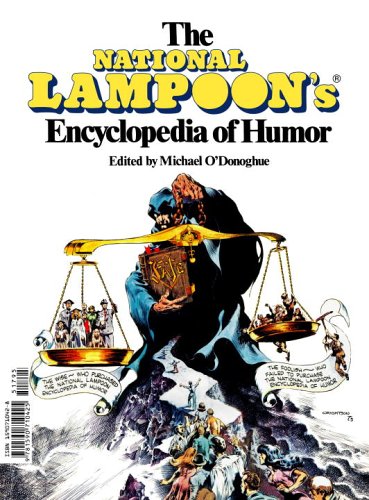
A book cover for The National Lampoon's Encyclopedia Of Humor; Reference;